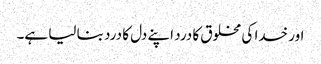
اور خدا کی مخلوق کا درد اپنے دل کا درد بنا لیا ہے۔